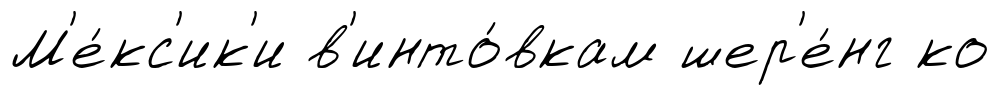
М'е́кс'ик'и в'инто́вкам шер'е́нг ко